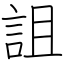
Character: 詛